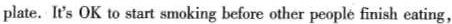
plate.It's OK to start smoking before other people finish eating,